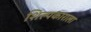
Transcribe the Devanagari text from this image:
शिल्पकाराला